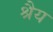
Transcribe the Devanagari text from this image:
श्रैय